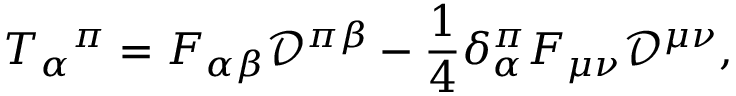
T _ { \alpha } { } ^ { \pi } = F _ { \alpha \beta } { \mathcal { D } } ^ { \pi \beta } - { \frac { 1 } { 4 } } \delta _ { \alpha } ^ { \pi } F _ { \mu \nu } { \mathcal { D } } ^ { \mu \nu } ,